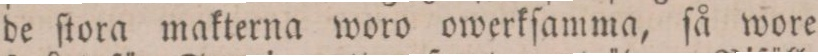
de ſtora makterna woro owerkſamma, ſå wore